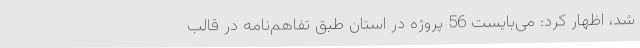
شد، اظهار کرد: می‌بایست 56 پروژه در استان طبق تفاهم‌نامه در قالب